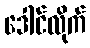
ဒေါင်လိုက်